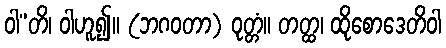
ဝါ”တိ၊ ဝါဟူ၍။ (ဘဂဝတာ) ဝုတ္တံ။ တတ္ထ၊ ထိုစောဒေတိဝါ